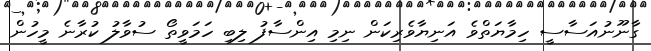
ގާނޫނުއަސާސީ ހިމާޔަތްވެ އަނިޔާވެރިކަން ނިމި އިންސާފު ލިބި ހަމަވީތޯ ސުވާލު ކުރާނެ މީހުން